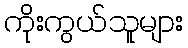
ကိုးကွယ်သူများ